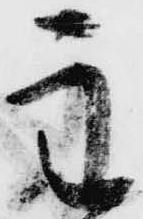
主